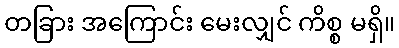
တခြား အကြောင်း မေးလျှင် ကိစ္စ မရှိ။